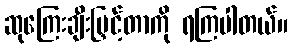
ဆုကြေးချီးမြှင့်တာကို ရကြပါတယ်။